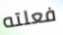
فعلته